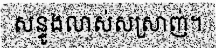
សន្ទូងលាស់សស្រាញ់។